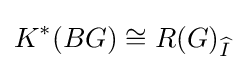
K^{*}(BG)\cong R(G)_{\widehat {I\,}}